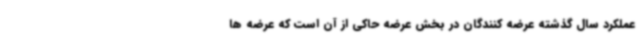
عملکرد سال گذشته عرضه کنندگان در بخش عرضه حاکی از آن است که عرضه ها